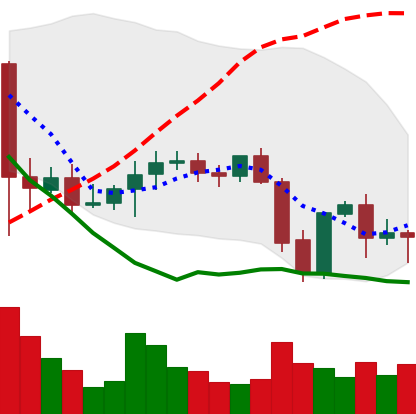
Ticker: XMR-USD
Chart end date: 2021-09-26
Forward return: 10.13%
Label: up_7plus